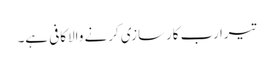
تیرا رب کارسازی کرنے والاکافی ہے۔